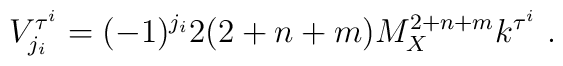
V^{\tau^i}_{j_i}= (-1)^{j_i} 2 (2+n+m) M_X^{2+n+m} k^{\tau^i} ~.~\,